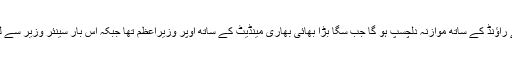
بہرحال میاں شہباز شریف کو پنجاب میں دوسرا راؤنڈ کھیلنے کا موقع ملتا ہے تو ان کے پہلے راؤنڈ کے ساتھ موازنہ دلچسپ ہو گا جب سگا بڑا بھائی بھاری مینڈیٹ کے ساتھ اوپر وزیراعظم تھا جبکہ اس بار سینئر وزیر سے لے کر دوسرے اہم وزراء پیپلز پارٹی سے ہوئے تو یہ سب دال میں کوکڑو سے کم نہیں ہو گا۔